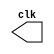
// ------------------------- 
// -- Nome: Camila Guedes Silveira 
// -- Matricula: 427393 
// ------------------------- 

// --------------------------- 
// -- test clock generator (5) 
// --------------------------- 
module clock ( clk ); 
	output clk; 
	reg clk; 
	
	initial 
		begin 
			clk = 1'b0; 
		end 
		
	always 
		begin 
			#12 clk = ~clk; 
		end 
endmodule // clock ( )

module pulse ( signal, clock ); 
	input clock; 
	output signal; 
	reg signal; 
	
	always @ ( clock ) 
	begin 
		signal = 1'b1; 
		#4 signal = 1'b0; 
		#4 signal = 1'b1; 
		#4 signal = 1'b0; 
				
	end 
endmodule // pulse  

module Exemplo0045; 
	
	wire clk; 
	clock CLK1 ( clk ); 
		 
	reg p; 
	pulse pulse1 ( p1, clk ); 
	
	initial begin 
		p = 1'b0; 
	end
	
	initial begin 
		$display("Exemplo0045 - Camila Guedes Silveira - 427393");
		$dumpfile ( "Exemplo0045.vcd" ); 
		$dumpvars(0);
		
		$monitor("freq. clock: %b    freq. pulso: %b", clk, p);
		
		#120 $finish; 
	end 
endmodule // Exemplo0045 ( )